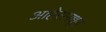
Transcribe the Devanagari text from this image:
आहेरामधून